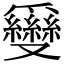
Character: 𠮗